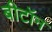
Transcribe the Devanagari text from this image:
बीटॉन